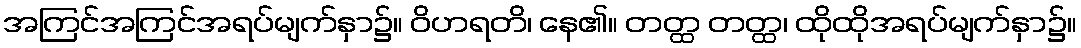
အကြင်အကြင်အရပ်မျက်နှာ၌။ ဝိဟရတိ၊ နေ၏။ တတ္ထ တတ္ထ၊ ထိုထိုအရပ်မျက်နှာ၌။